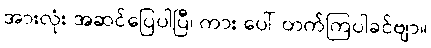
အားလုံး အဆင်ပြေပါပြီ၊ ကား ပေါ် တက်ကြပါခင်ဗျာ။